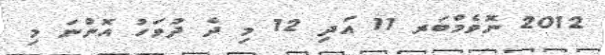
2012 ނޮވެމްބަރ 11 އަދި 12 މި ދެ ދުވަހު އޮންނަ މި